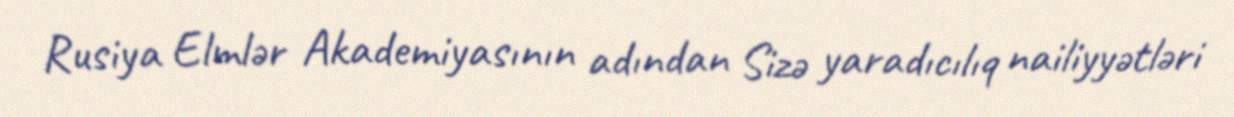
Rusiya Elmlər Akademiyasının adından Sizə yaradıcılıq nailiyyətləri